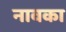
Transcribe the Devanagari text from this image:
नावका